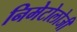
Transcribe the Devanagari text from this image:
निमेटोलोजी